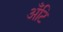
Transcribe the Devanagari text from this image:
अँटि